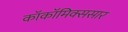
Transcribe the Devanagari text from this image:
काॅकॉमिक्ससार